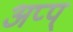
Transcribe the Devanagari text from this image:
अप्प्